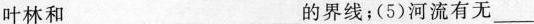
叶林和___的界线；(5)河流有无___